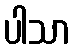
ပါသာ